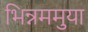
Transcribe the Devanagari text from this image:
भिन्नममुया